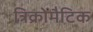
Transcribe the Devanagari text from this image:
त्रिक्रोमैटिक